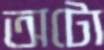
অটো